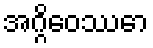
အဂ္ဂိဝေဿော